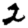
Digit: 2